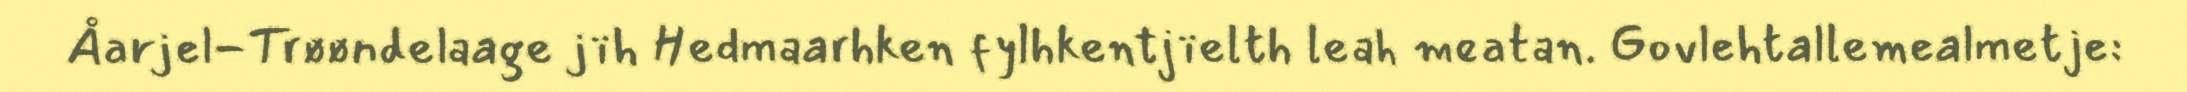
Åarjel-Trøøndelaage jïh Hedmaarhken fylhkentjïelth leah meatan. Govlehtallemealmetje: